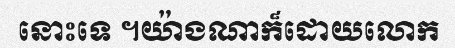
នោះទេ ។យ៉ាងណាក៏ដោយលោក